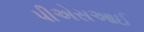
પીએસઆઈ